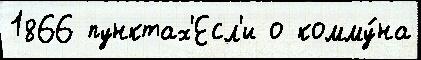
1866 пунктах'Есл'и о комму́на